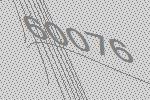
60076